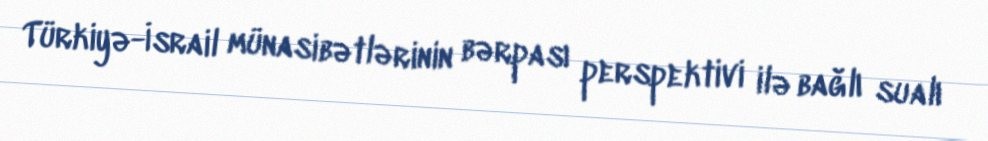
Türkiyə-İsrail münasibətlərinin bərpası perspektivi ilə bağlı sualı